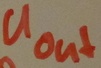
Text: Uout